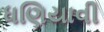
ધણિયાવી